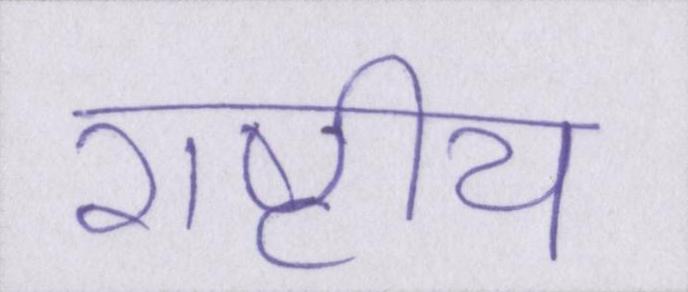
राष्टीय